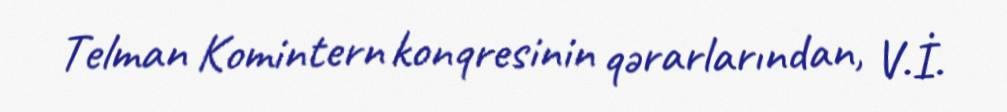
Telman Komintern konqresinin qərarlarından, V.İ.